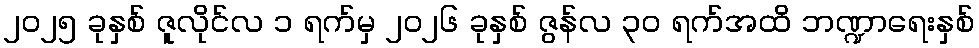
၂၀၂၅ ခုနှစ် ဇူလိုင်လ ၁ ရက်မှ ၂၀၂၆ ခုနှစ် ဇွန်လ ၃၀ ရက်အထိ ဘဏ္ဍာရေးနှစ်